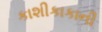
કાશીકાકાની